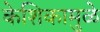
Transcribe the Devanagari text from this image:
केशिकामुळे